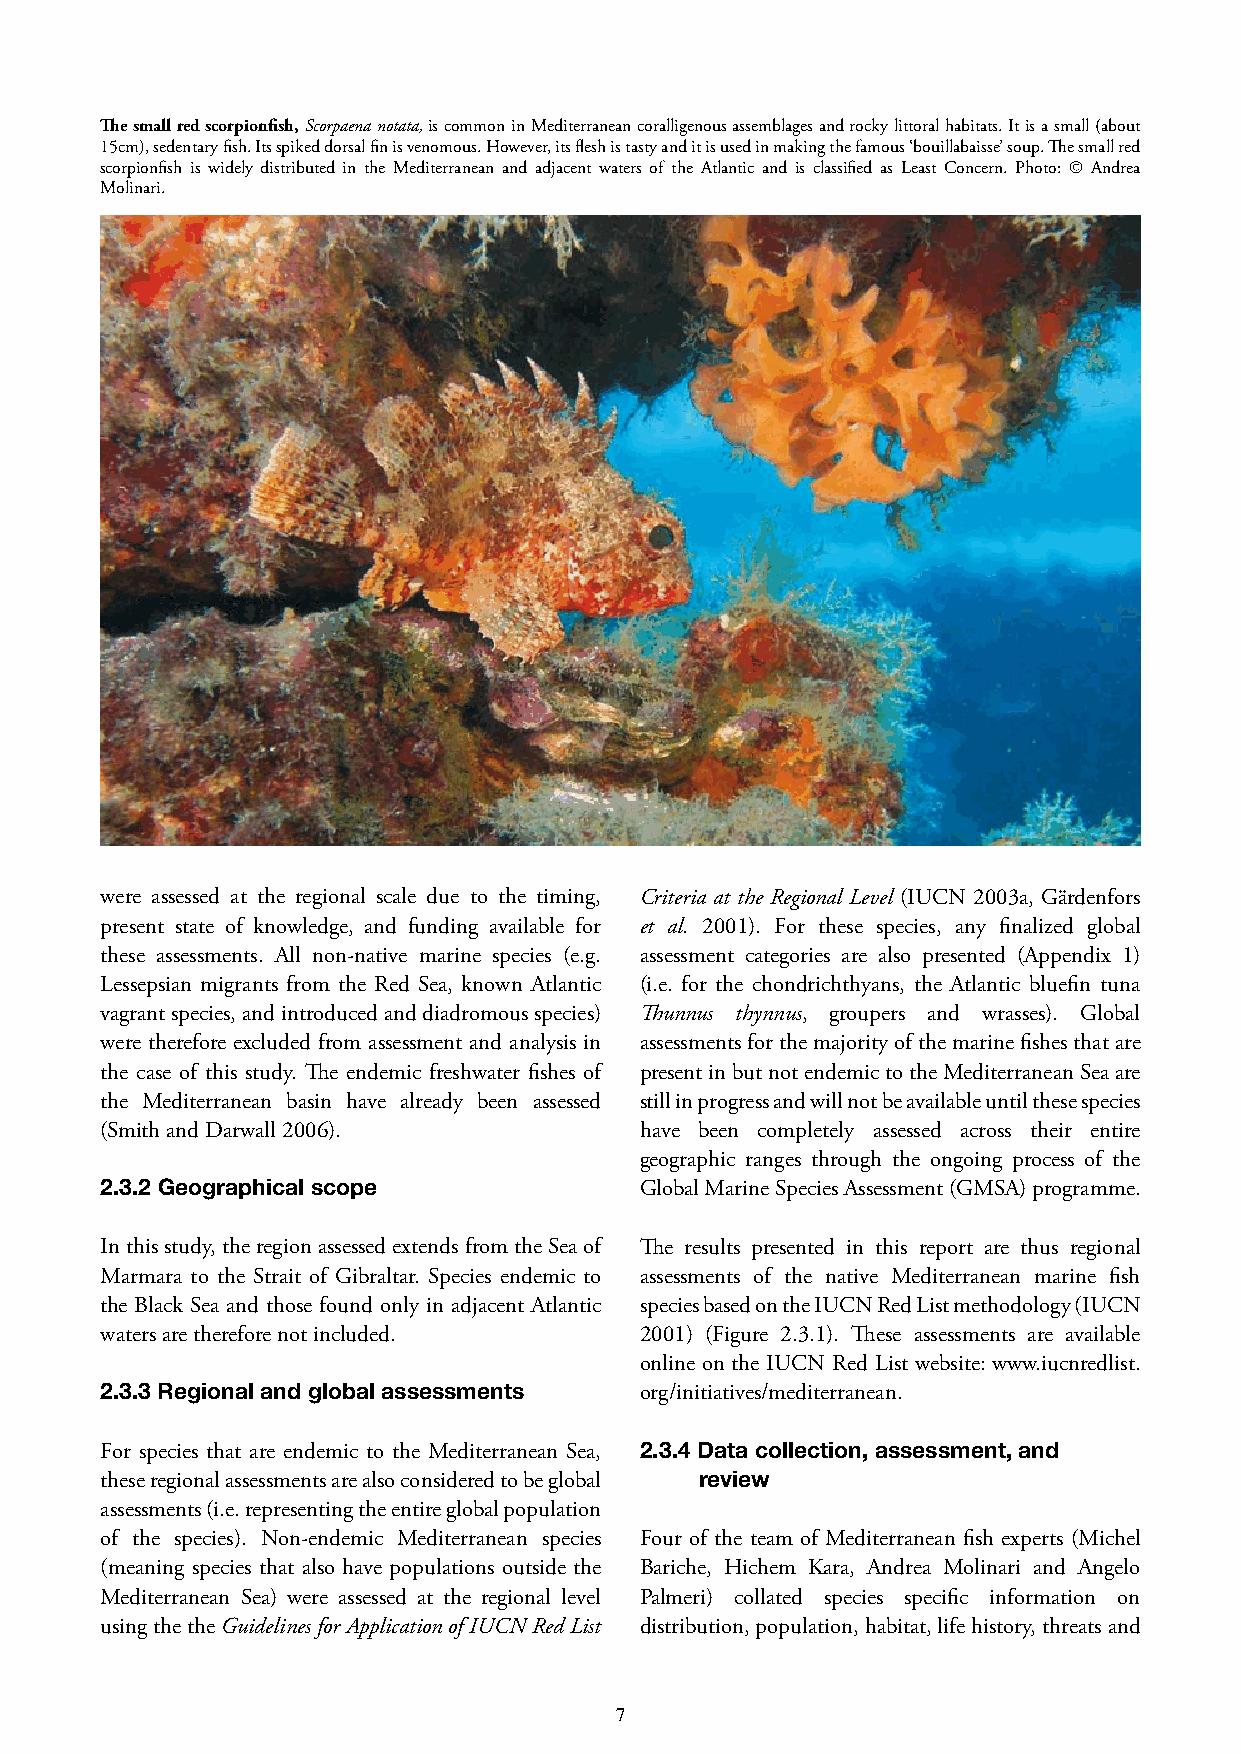
The small red scorpionfish, Scorpaena notata, is common in Mediterranean coralligenous assemblages and rocky littoral habitats. It is a small (about
 15cm), sedentary fish. Its spiked dorsal fin is venomous. However, its flesh is tasty and it is used in making the famous ‘bouillabaisse’ soup. The small red
 scorpionfish is widely distributed in the Mediterranean and adjacent waters of the Atlantic and is classified as Least Concern. Photo: © Andrea
 Molinari.
 were assessed at the regional scale due to the timing, Criteria at the Regional Level (IUCN 2003a, Gärdenfors
 present state of knowledge, and funding available for et al. 2001). For these species, any finalized global
 these assessments. All non-native marine species (e.g. assessment categories are also presented (Appendix 1)
 Lessepsian migrants from the Red Sea, known Atlantic (i.e. for the chondrichthyans, the Atlantic bluefin tuna
 vagrant species, and introduced and diadromous species) Thunnus thynnus, groupers and wrasses). Global
 were therefore excluded from assessment and analysis in assessments for the majority of the marine fishes that are
 the case of this study. The endemic freshwater fishes of present in but not endemic to the Mediterranean Sea are
 the Mediterranean basin have already been assessed still in progress and will not be available until these species
 (Smith and Darwall 2006).          have been completely assessed across their entire
 geographic ranges through the ongoing process of the
 2.3.2 Geographical scope           Global Marine Species Assessment (GMSA) programme.
 In this study, the region assessed extends from the Sea of The results presented in this report are thus regional
 Marmara to the Strait of Gibraltar. Species endemic to assessments of the native Mediterranean marine fish
 the Black Sea and those found only in adjacent Atlantic species based on the IUCN Red List methodology (IUCN
 waters are therefore not included. 2001) (Figure 2.3.1). These assessments are available
 online on the IUCN Red List website: www.iucnredlist.
 2.3.3 Regional and global assessments org/initiatives/mediterranean.
 For species that are endemic to the Mediterranean Sea, 2.3.4 Data collection, assessment, and
 these regional assessments are also considered to be global review
 assessments (i.e. representing the entire global population
 of the species). Non-endemic Mediterranean species Four of the team of Mediterranean fish experts (Michel
 (meaning species that also have populations outside the Bariche, Hichem Kara, Andrea Molinari and Angelo
 Mediterranean Sea) were assessed at the regional level Palmeri) collated species specific information on
 using the the Guidelines for Application of IUCN Red List distribution, population, habitat, life history, threats and
 7                                                                                 8